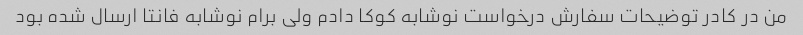
من در کادر توضیحات سفارش درخواست نوشابه کوکا دادم ولی برام نوشابه فانتا ارسال شده بود